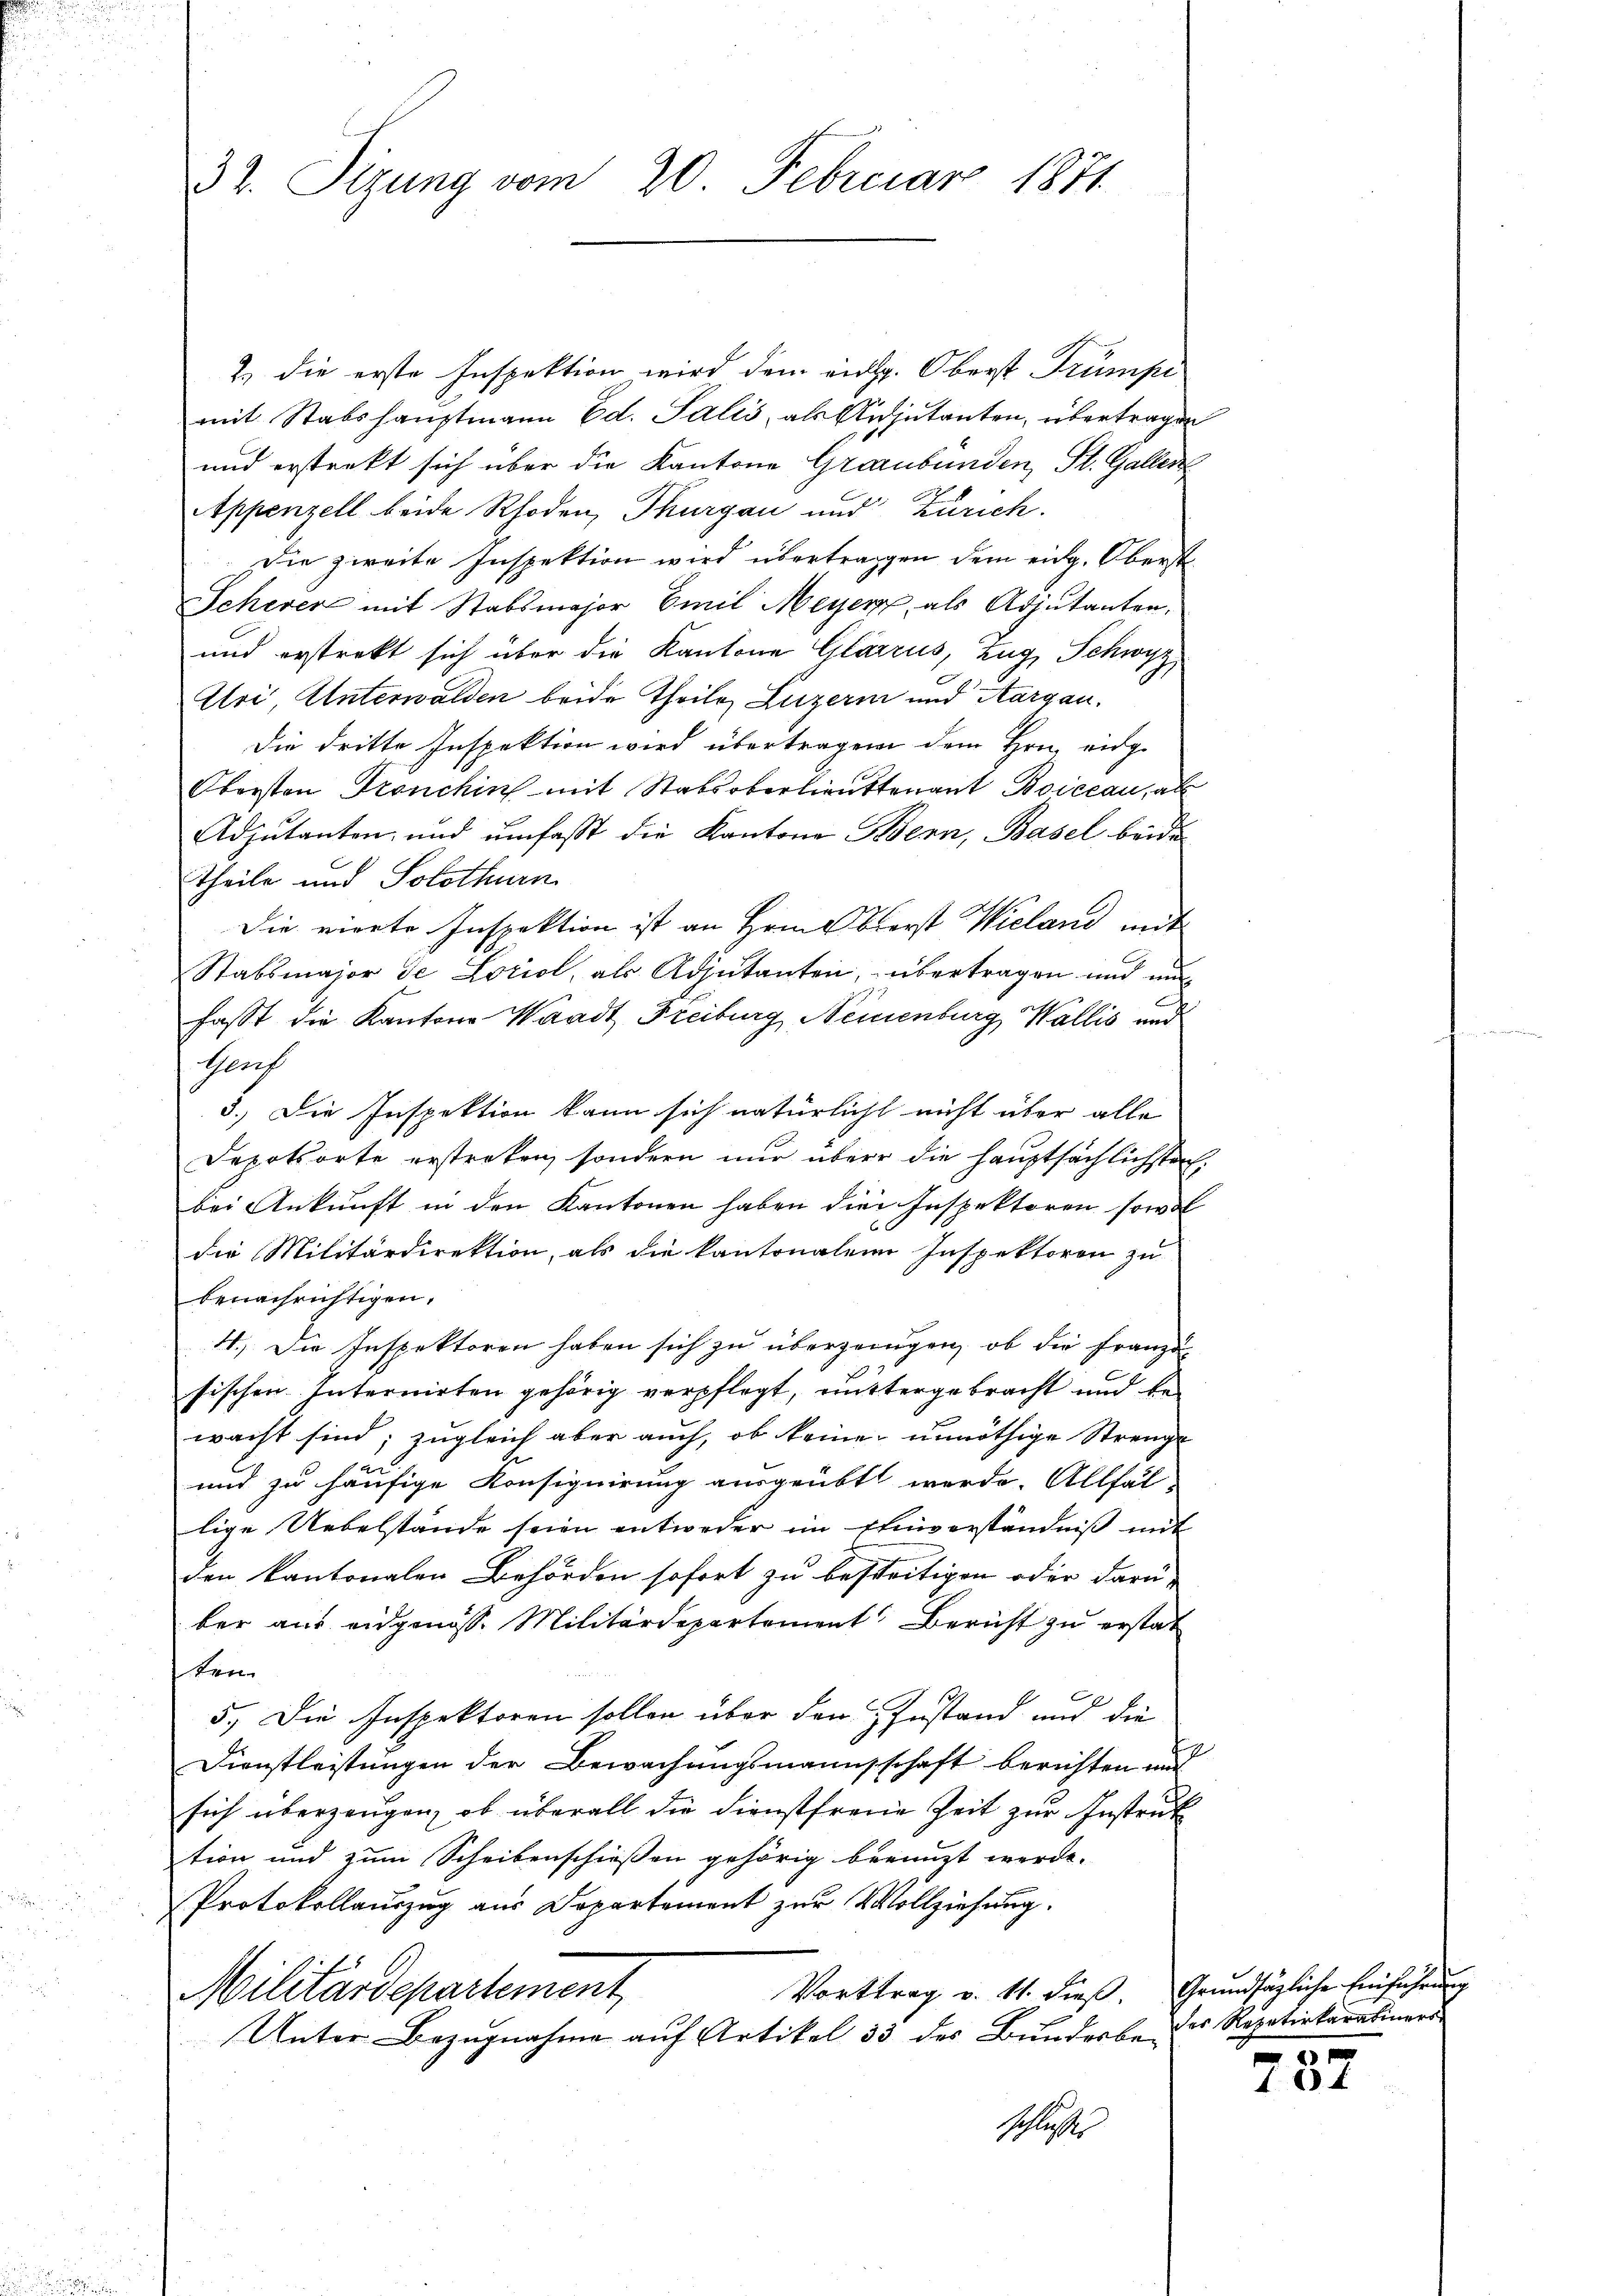
32. Sizung vom 20. Februar 1871.

2.) die erste Inspektion wird dem eidg. Oberst Trümpe
mit Stabshauptmann Ed. Salis, als Andjutanten, übertragen
und erstrakt sich über die Kantone Graubünden, St. Gallen
Appenzell beide Rhoden, Thurgau und Zürich.
Die zweite Inspektion wird übertragen dem eidg. Oberst
Schever mit Stabsmajor Emil Meyer, als Adjutanten,
und erstrakt sich über die Kantone Glarus, Zug, Schwyz
Uri, Unterwalden beide Theile, Luzern und Aargau,
Die dritte Inspektion wird übertragen dem Hrn. eidge
Obersten Tronchin mit Stabsoberlieutenant Boiceau, al
Adjutanten, und umfasst die Kantone Bern, Basel beide
theile und Solothurn
Die vierte Inspektion ist an Hrn. Oberst Wieland mit
Stabsmajor de Loriol, als Adjutanten, übertragen und nun
fasst die Kantone Waadt Freiburg, Neuenburg, Wallis und
Pflich
3.) Die Inspektion kann sich natürlicht nicht über alle
Depotsorte erstreken, sondern nur über die Hauptsächlichsten
bei Ankunft in den Kantonen haben die Inspektoren sowol
die Militärdirektion, als die kantonalen Inspektoren zu
benachrichtigen.
4.) Die Inspektoren haben sich zu überzeigen, ob die Franz-
sischen Internirten gehörig verpflegt, mittergebracht und bewacht sind; zugleich aber auch, ob keine unnöthige Strenge
und zu häufige Konsiquirung ausgeübt werde. Allfäl-
lige Uebelstände seien entweder im Einverständniß mit
den kantonalen Behörden sofort zu besseitigen oder darü-
ber aus eidgenosse Militärdepartement Bericht zu erstat
ken
5.) Die Inspektoren sollen über den Zustand und die
Dienstleistungen der Bewachungsmannsschaft berichten und
sich überzeugen, ob überall die Dienstfreue Zeit zur Instruk
tion und zum Scheibenschießen gehörig beringt werde.
Protokollauszug aus Departement zur Vollziehung.
Vorttrag v. 11. dieß. Grundsätzliche Einführung
Militärdepartement
Unter Bezugnahme auf Artikel 33 des Bunderbe des Repativkarabiners
schlosse

3

704